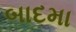
બાદમા